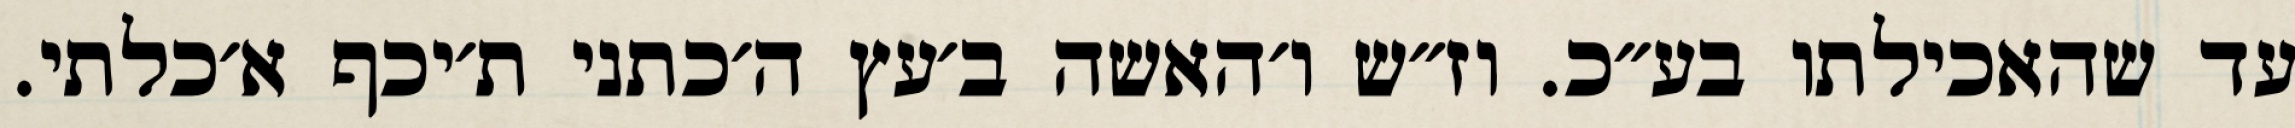
עד שהאכילתו בע״כ. וז״ש ו׳האשה ב׳עץ ה׳כתני ת׳יכף א׳כלתי.